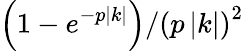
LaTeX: \left({1-e^{-p\left|k\right|}}\right)/\left(p\left|k\right|\right)^{2}